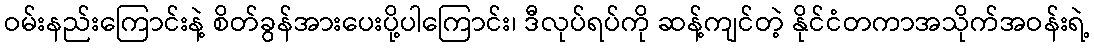
ဝမ်းနည်းကြောင်းနဲ့ စိတ်ခွန်အားပေးပို့ပါကြောင်း၊ ဒီလုပ်ရပ်ကို ဆန့်ကျင်တဲ့ နိုင်ငံတကာအသိုက်အဝန်းရဲ့